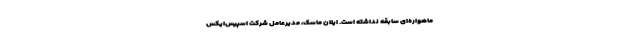
ماهواره‌ای سابقه نداشته است. ایلان ماسک، مدیرعامل شرکت اسپیس‌ایکس